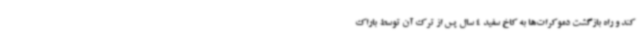
کند و راه بازگشت دموکرات‌ها به کاخ سفید 4 سال پس از ترک آن توسط باراک